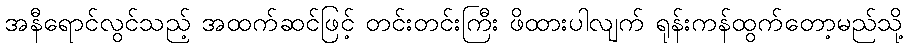
အနီရောင်လွင်သည့် အထက်ဆင်ဖြင့် တင်းတင်းကြီး ဖိထားပါလျက် ရုန်းကန်ထွက်တော့မည်သို့